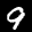
Label: 9